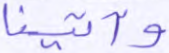
وآتينا